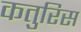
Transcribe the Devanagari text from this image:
कतुरिस